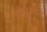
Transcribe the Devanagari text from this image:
डब्लूआर